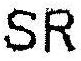
SR